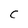
Character: C